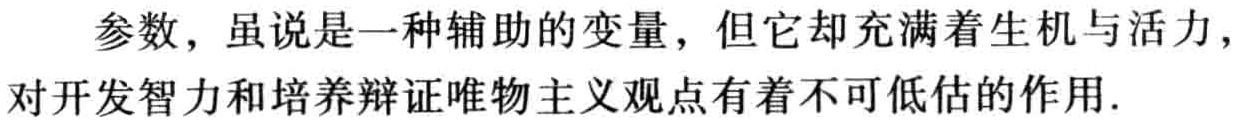
参数，虽说是一种辅助的变量，但它却充满着生机与活力，对开发智力和培养辩证唯物主义观点有着不可低估的作用.